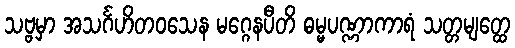
သဗ္ဗမှာ အသင်္ဂဟိတဝသေန မဂ္ဂေနပီတိ ဓမ္မပဏ္ဏာကာရံ သတ္တမျတ္ထေ